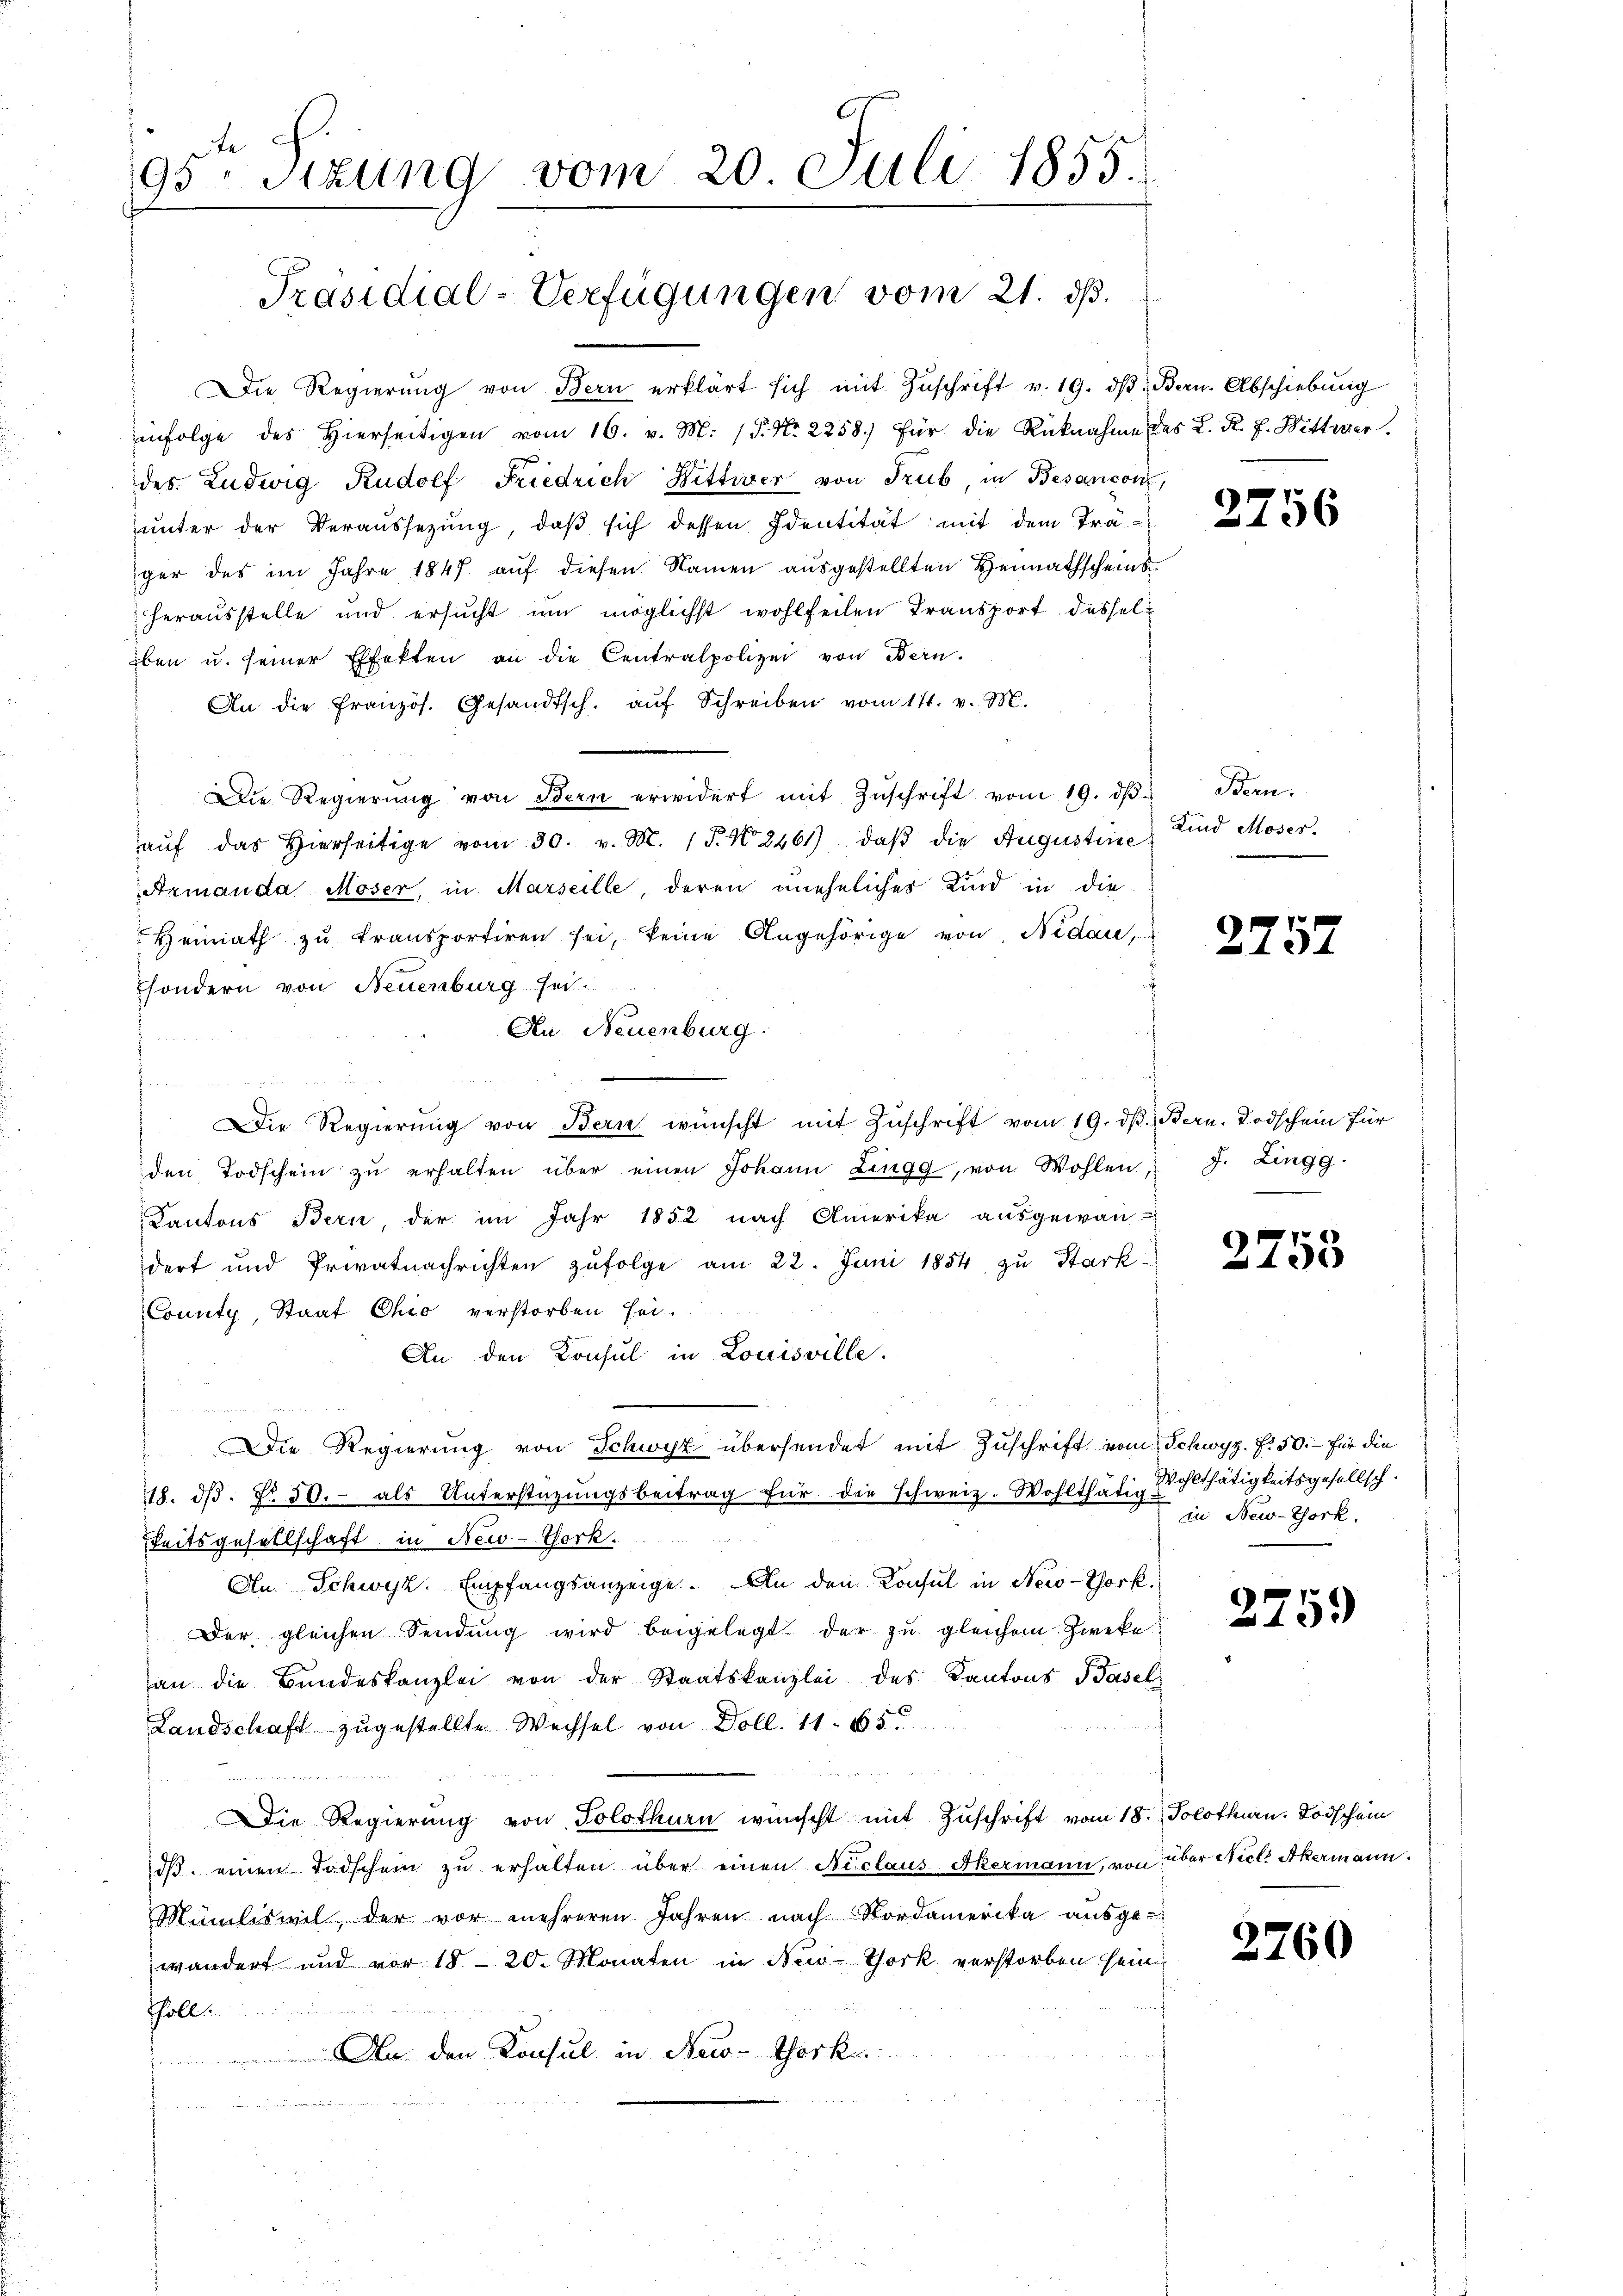
Die Regierŭng von Bern erklärt sich mit Zŭschrift v. 19. dβ. Bern. Abschiebŭng
nfolge des hierseitigen vom 16. v. M. (S. Nr. 2258.) für die Rücknahme des L. K. f. Wittwer
des. Ludwig Rudolf Friedrich Wittwer von Trub, in Besançon,
unter der Veraussetzung, daß sich dessen Identität mit dem Träger des im Jahre 1847 aŭf diesen Namen aŭsgestellten Heimathscheins
herausstelle und ersucht um möglichst wohlfeilen Transport desseliben u. seiner Effekten an die Centralpolizei von Bern.
An die Französ. Gesandtsch. aŭf Schreiben vom 14. v. M.
Die Regierŭng von Bern erwidert mit Zŭschrift vom 19. dβ u Bern.
aŭf das hierseitige vom 30. v. M. 15. No 846), daβ die Augustine Kind Moser.
Armanda Moser, in Marseille, deren uneheliches Kind in die
Heimath zŭ transportiren sei, keine Angehörige von Nidau,
sondern von Neuenburg sei.
An Neuenburg.
Die Regierŭng von Bern wünscht mit Zŭschrift vom 19. d. Bern. Todschein für
den Todschein zŭ erhalten über einen Johann Lingg, von Wohlen, J. Zingg.
Kantons Bern, der im Jahr 1852 nach Amerika aŭsgewan-
dert und Privatnachrichten zufolge am 22. Juni 1854 zu Stark¬
County, Staat Chio verstorben sei.
An den Konsul in Louisville.
e
Die Regierung von Schwyz übersendet mit Zuschrift vom Schwyz. f. 50.- für die
18. dβ. No. 50.- als Unterstüzungsbeitrag für die schweiz. Wohlthätig-
Seitsgesellschaft in New-York.
An Schwyz. Empfangsanzeige. An den Konsul in New-York
Der gleichen Sendung wird beigelegt der zu gleichem Zweke
an die Bŭndeskanzlei von der Staatskanzlei des Kantons Basel
Landschaft zugestellte Wechsel von Doll. 11. 165.

Die Regierung von Solothurn wünscht mit Zuschrift vom 18. Solothurn. Todschein
dβ einen Todschein zu erhalten über einen Niclaus Akermann, von über Niels Akermann
Mimliswil der vor mehreren Jahren nach Nordamerika aŭsge-
wändert und vor 1820. Monaten in New-York verstorben sein
.
soll.
An den Konsul in New-Yorke
u

95ten Sitzung vom 20. Juli 1855.

Präsidial-Verfügungen vom 21. dß.

2756

2757

2753

Wohlthätigkeitsgesellsch.
in New-York,

2.

59

2760